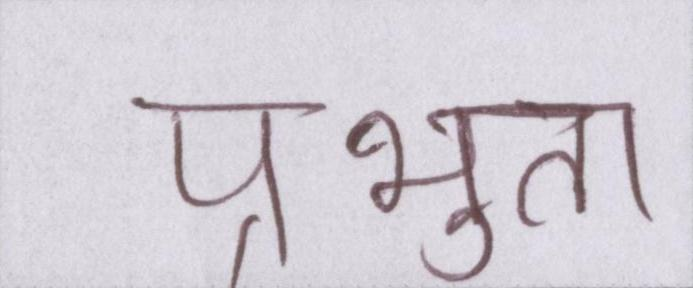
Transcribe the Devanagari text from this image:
प्रभुता